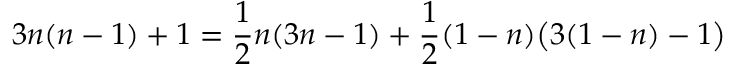
3 n ( n - 1 ) + 1 = { \frac { 1 } { 2 } } n ( 3 n - 1 ) + { \frac { 1 } { 2 } } ( 1 - n ) { \bigl ( } 3 ( 1 - n ) - 1 { \bigr ) }